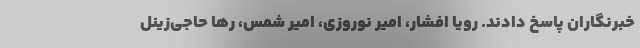
خبرنگاران پاسخ دادند. رویا افشار، امیر نوروزی، امیر شمس، رها حاجی‌زینل